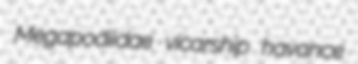
Megapodiidae vicarship havance